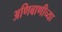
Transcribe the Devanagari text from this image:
अणिबाणीच्या